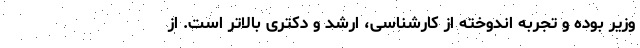
وزیر بوده و تجربه اندوخته از کارشناسی، ارشد و دکتری بالاتر است. از